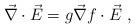
LaTeX: \begin{align*}\vec{\nabla}\cdot \vec{E}=g\vec{\nabla}f\cdot \vec{E}\ ,\end{align*}